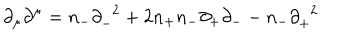
{ \partial } _ { \mu } { \partial } ^ { \mu } = n _ { - } { \partial } _ { - } ^ { \; \; 2 } + 2 n _ { + } n _ { - } { \partial } _ { + } { \partial } _ { -- } n _ { - } { \partial } _ { + } ^ { \; \; 2 }